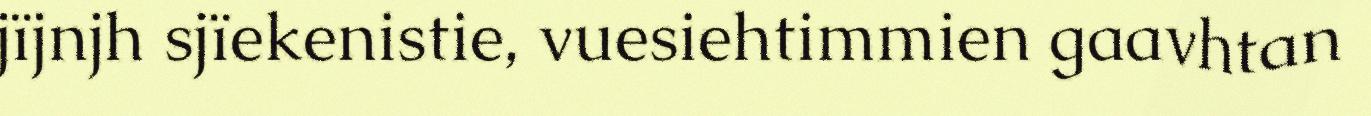
jïjnjh sjïekenistie, vuesiehtimmien gaavhtan